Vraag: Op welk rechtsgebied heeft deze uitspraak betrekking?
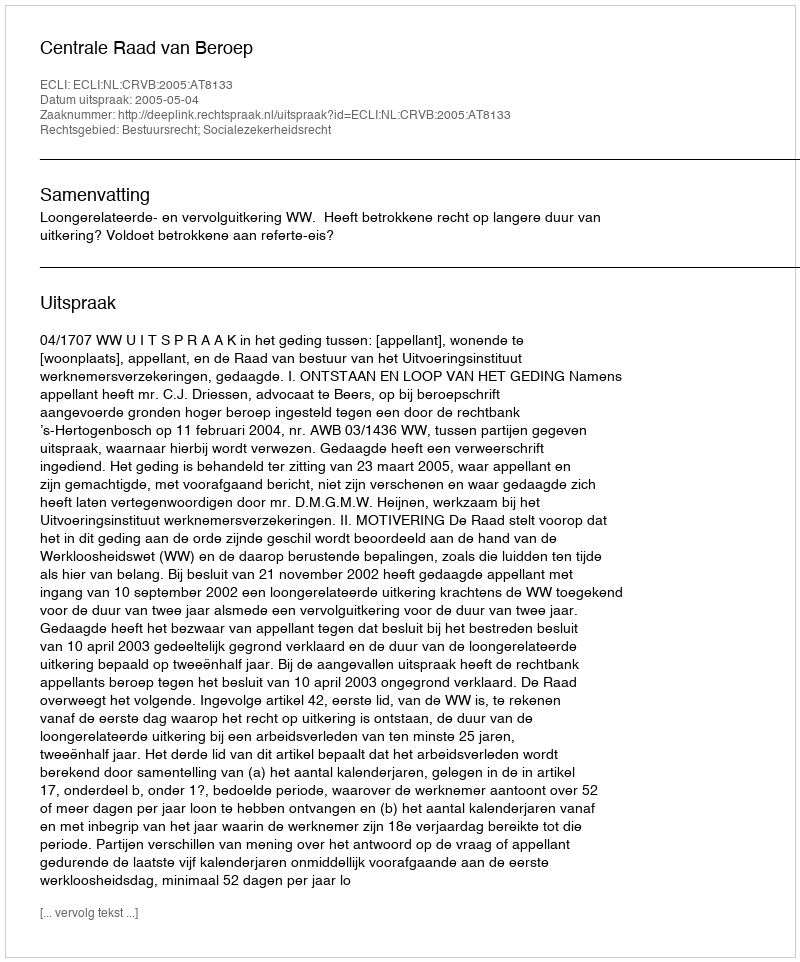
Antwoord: Bestuursrecht; Socialezekerheidsrecht